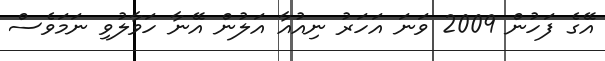
އޭގެ ފަހުން 2009 ވަނަ އަހަރު ނިއުއާ އަލުން އޭނާ ހަވާލުވި ނަމަވެސް